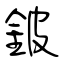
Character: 鈹